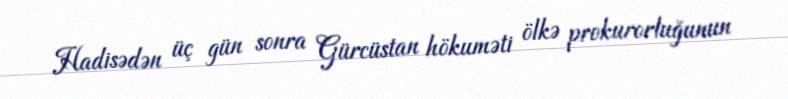
Hadisədən üç gün sonra Gürcüstan hökuməti ölkə prokurorluğunun